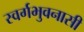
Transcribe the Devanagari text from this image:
स्वर्गभुवनासी